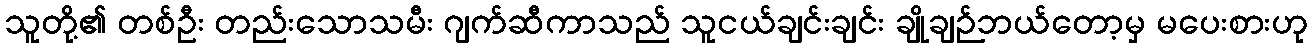
သူတို့၏ တစ်ဦး တည်းသောသမီး ဂျက်ဆီကာသည် သူငယ်ချင်းချင်း ချိုချဉ်ဘယ်တော့မှ မပေးစားဟု